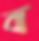
ব